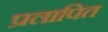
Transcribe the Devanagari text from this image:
प्रलापित